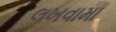
લખવામા